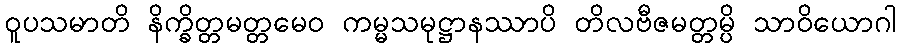
ဝူပသမာတိ နိက္ခိတ္တမတ္တမေဝ ကမ္မသမုဋ္ဌာနဿာပိ တိလဗီဇမတ္တမ္ပိ သာဝိယောဂါ